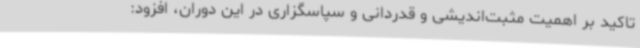
تاکید بر اهمیت مثبت‌اندیشی و قدردانی و سپاسگزاری در این دوران، افزود: